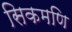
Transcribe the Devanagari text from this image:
सिकमणि